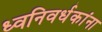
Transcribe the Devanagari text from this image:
ध्वनिवर्धकांना